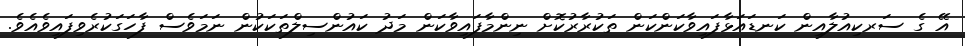
އޭ ގެ ސަރކިއުލާއިން ކަނޑައަޅާފައިވާކަންކަން ތަކުރާރުކޮށް ނިންމާފައިވާކަން މަދު ކައުންސިލްތަކަކުން ނަމަވެސް ފާހަގަކުރެވިފައިވެއެވެ.